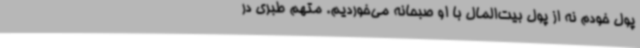
پول خودم نه از پول بیت‌المال با او صبحانه می‌خوردیم. متهم طبری در